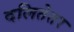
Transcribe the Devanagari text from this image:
दलितेतर